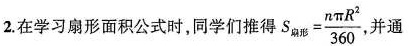
2.在学习扇形面积公式时，同学们推得 $$S _ { 扇 形 } = \frac { n π R ^ { 2 } } { 3 6 0 }$$ ，并通